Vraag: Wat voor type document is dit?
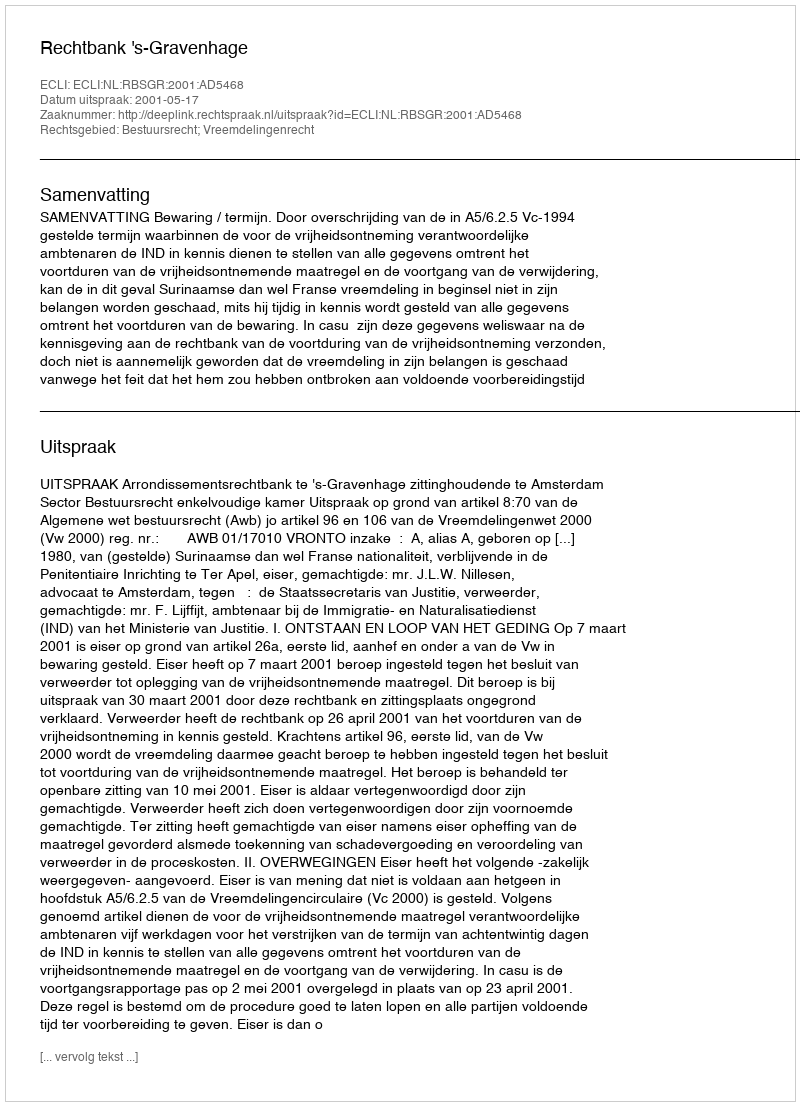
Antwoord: Uitspraak